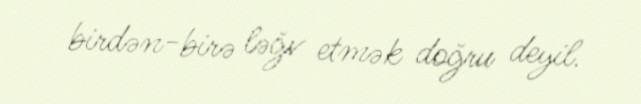
birdən-birə ləğv etmək doğru deyil.